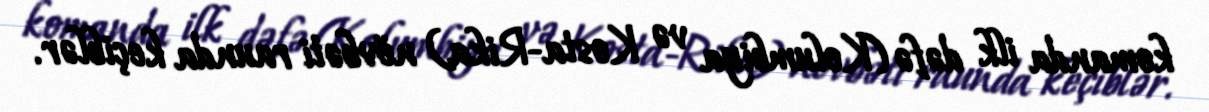
komanda ilk dəfə (Kolumbiya və Kosta-Rika) növbəti raunda keçiblər.